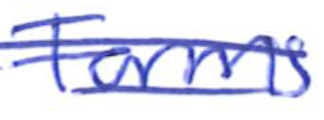
Text: Forms
Cross-out: double-line
Writing tool: ballpoint